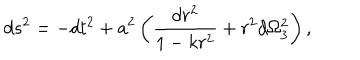
d s ^ { 2 } = - d t ^ { 2 } + a ^ { 2 } \left( { \frac { d r ^ { 2 } } { 1 - k r ^ { 2 } } } + r ^ { 2 } d \Omega _ { 3 } ^ { 2 } \right) ,